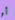
أو